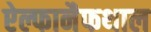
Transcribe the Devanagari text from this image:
ऐल्फानैफथाल